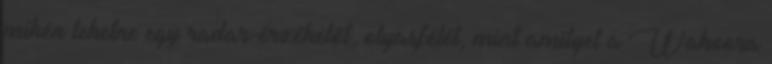
mikén lehetne egy radar-érzékelőt, olyasfélét, mint amilyet a Wahoora